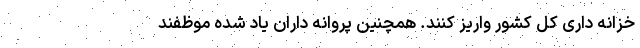
خزانه داری کل کشور واریز کنند. همچنین پروانه داران یاد شده موظفند